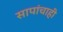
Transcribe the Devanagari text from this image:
सापांचाही